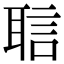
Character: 𬚝